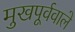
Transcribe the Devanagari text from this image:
मुखपूर्ववाले